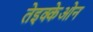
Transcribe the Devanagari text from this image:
तेइक्केओन